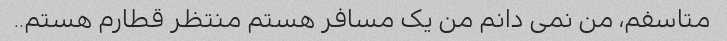
متاسفم، من نمی دانم من یک مسافر هستم منتظر قطارم هستم..